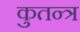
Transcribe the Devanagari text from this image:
कुतन्त्र